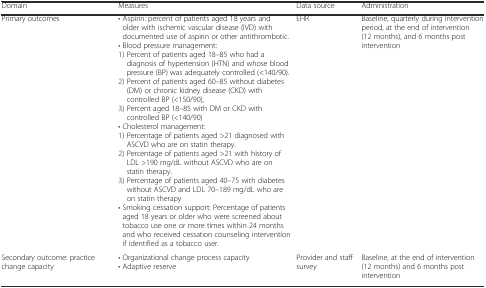
| Domain | Measures | Data source | Administration |
 | --- | --- | --- | --- |
 | Primary outcomes | • Aspirin: percent of patients aged 18 years and older with ischemic vascular disease (IVD) with documented use of aspirin or other antithrombotic.• Blood pressure management:1) Percent of patients aged 18–85 who had a diagnosis of hypertension (HTN) and whose blood pressure (BP) was adequately controlled (<140/90).2) Percent of patients aged 60–85 without diabetes (DM) or chronic kidney disease (CKD) with controlled BP (<150/90),3) Percent aged 18–85 with DM or CKD with controlled BP (<140/90)• Cholesterol management:1) Percentage of patients aged >21 diagnosed with ASCVD who are on statin therapy.2) Percentage of patients aged >21 with history of LDL >190 mg/dL without ASCVD who are on statin therapy.3) Percentage of patients aged 40–75 with diabetes without ASCVD and LDL 70–189 mg/dL who are on statin therapy• Smoking cessation support: Percentage of patients aged 18 years or older who were screened about tobacco use one or more times within 24 months and who received cessation counseling intervention if identified as a tobacco user. | EHR | Baseline, quarterly during intervention period, at the end of intervention (12 months), and 6 months post intervention |
 | Secondary outcome: practice change capacity | • Organizational change process capacity• Adaptive reserve | Provider and staff survey | Baseline, at the end of intervention (12 months) and 6 months post intervention |